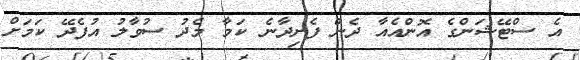
އެ ސްޓޭޝަންގެ އޮންއެއާ ދެން ފެށިދާނެ ކަމާ މެދު ސުވާލު އުފެދޭ ކަމަށް